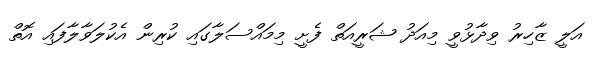
އަލީ ޒާހިރު ވިދާޅުވީ މިއަދު ޝަރީއަތް ފެށީ މިމައްސަލާގައި ކުރިން އެކުލަވާލާފައި އޮތް